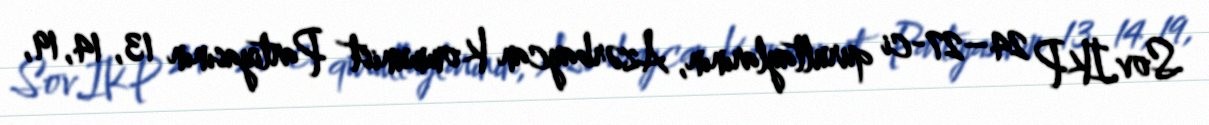
Sov.İKP 24–27-ci qurultaylarının, Azərbaycan Kommunist Partiyasının 13, 14, 19,